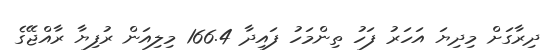
ދިރާގަށް މިދިޔަ އަހަރު ފަހު ތިންމަހު ފައިދާ 166.4 މިލިއަން ރުފިޔާ ރާއްޖޭގެ